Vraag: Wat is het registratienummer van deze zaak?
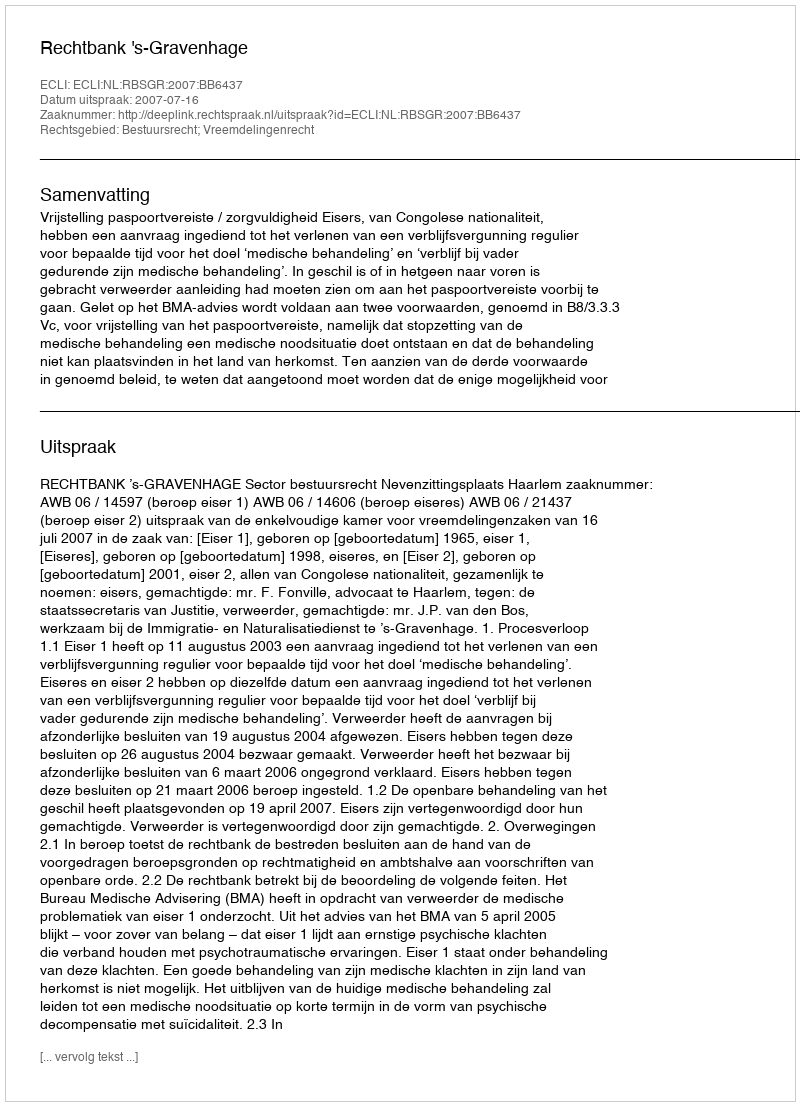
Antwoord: http://deeplink.rechtspraak.nl/uitspraak?id=ECLI:NL:RBSGR:2007:BB6437